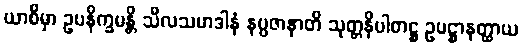
ယာစိမှာ ဥပနိက္ခမန္တိ သီလသမာဒါနံ နပ္ပဇာနာတိ သုတ္တနိပါတဋ္ဌ ဥပဋ္ဌာနတ္ထာယ